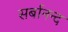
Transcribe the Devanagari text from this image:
सर्बानन्द